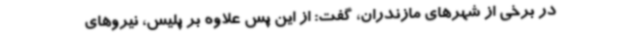
در برخی از شهرهای مازندران، گفت: از این پس علاوه بر پلیس، نیروهای